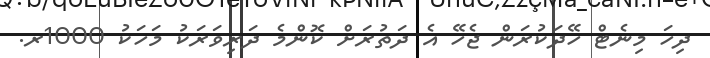
ދިހަ މިނެޓް ހޭދަކުރަން ޖެހޭ އެ ދަތުރަށް ކޮންމެ ދަރިވަރަކު މަހަކު 1000ރ.